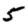
Digit: 5